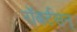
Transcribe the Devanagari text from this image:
रॉबर्टसन्